Vaccination United Provinces of Agra and Oudh 1923-1928 - 1923-1928
Year: 1923
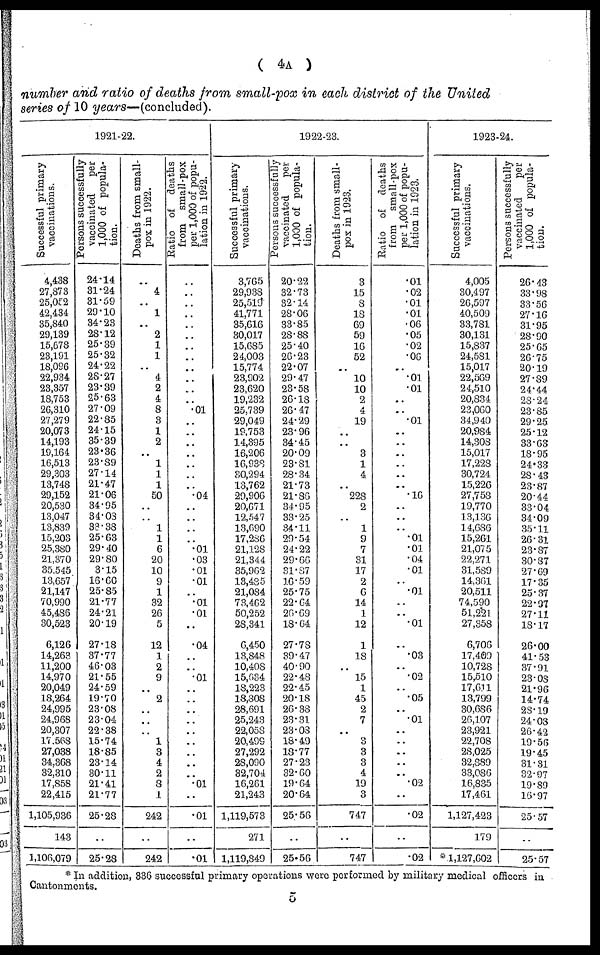
( 4A )
number and ratio of deaths from small-pox in each district of the United
series of 10 years—(concluded).
1921-22.
Successful primary
vaccinations.
4,438
27,873
25,052
42,434
35,840
29,139
15,678
23,191
18,096
22,934
23,357
18,753
26,310
27,279
20,073
14,193
19,164
16,513
29,303
13,748
29,152
20,530
13,047
13,839
15,203
25,380
21,370
35,545
13,657
21,147
70,990
45,486
30,523
6,126
14,263
11,200
14,970
20,049
18,264
24,995
24,968
20,307
17,568
27,038
34,368
32,310
17,858
22,415
1,105,936
143
1,106,079
Persons successfully
vaccinated
per
1,000 of popula-
tion.
24.14
31.24
31.59
29.10
34.23
28.12
25.39
25.32
24.22
28.27
23.39
25.63
27.09
22.85
24.15
35.39
23.36
23.89
27.14
21.47
21.06
34.95
34.08
33.38
25.63
29.40
29.80
3.15
16.60
25.85
21.77
24.21
20.19
27.18
37.77
46.03
21.55
24.59
19.70
23.08
23.04
22.38
15.74
18.85
23.14
30.11
21.41
21.77
25.28
..
25.28
Deaths from small-
pox in 1922.
..
4
..
1
..
2
1
1
..
4
2
4
8
3
1
2
..
1
1
1
50
..
..
1
1
6
20
10
9
1
32
26
5
12
1
2
9
..
2
..
..
..
1
3
4
2
8
1
242
..
242
Ratio of deaths
from small-pox
per 1,000 of popu-
lation in 1922.
..
..
..
..
..
..
..
..
..
..
..
..
.01
..
..
..
..
..
..
..
.04
..
..
..
..
.01
.03
.01
.01
..
.01
.01
..
.04
..
..
.01
..
..
..
..
..
..
..
..
..
.01
..
.01
..
.01
1922-23.
Successful primary
vaccinations.
3,765
29,938
25,519
41,771
35,616
30,017
15,685
24,003
15,774
23,902
23,620
19,232
25,739
29,049
19,753
14,395
16,206
16,938
30,294
13,762
29,906
20,671
12,547
13,690
17,286
21,128
21,344
35,962
13,485
21,084
73,462
50,252
28,341
6,450
13,848
10,408
15,634
18,223
18,808
28,691
25,243
22,058
20,499
27,292
28,090
32,704
16,261
21,243
1,119,573
271
1,119,849
Persons successfully
vaccinated
per
1,000 of popula-
tion.
20.22
32.73
32.14
28.06
33.85
28.88
25.40
26.23
22.07
29.47
23.58
26.18
26.47
24.29
23.96
34.45
20.09
23.81
28.34
21.73
21.86
34.95
33.25
34.11
29.54
24.22
29.66
31.87
16.59
25.75
22.64
26.69
18.64
27.78
39.47
40.90
22.48
22.45
20.18
26.38
23.31
23.08
18.49
13.77
27.23
32.60
19.64
20.64
25.56
..
25.56
Deaths from small-
pox in 1923.
3
15
8
18
69
59
16
52
..
10
10
2
4
19
..
..
3
1
4
..
228
2
..
1
9
7
31
17
2
6
14
1
12
1
18
..
15
1
45
2
7
..
3
3
3
4
19
3
747
..
747
Ratio of deaths
from small-pox
per 1,000 of popu-
lation in 1923.
.01
.02
.01
.01
.06
.05
.02
.06
..
.01
.01
..
..
.01
..
..
..
..
..
..
.16
..
..
..
.01
.01
.04
.01
..
.01
..
..
.01
..
.03
..
.02
..
.05
..
.01
..
..
..
..
..
.02
..
.02
..
.02
1923-24.
Successful primary
vaccinations.
4,005
30,497
26,597
40,509
33,781
30,131
15,837
24,581
15,017
22,569
24,510
20,834
23,060
34,940
20,984
14,308
15,017
17,228
30,724
15,226
27,758
19,770
13,136
14,686
15,261
21,075
22,271
31,589
14,361
20,511
74,590
51,221
27,358
6,706
17,409
10,728
15,510
17,611
13,799
30,686
26,107
23,921
22,708
28,025
32,889
33,086
16,835
17,461
1,127,423
179
*1,127,602
Persons successfully
vaccinated
per
1,000 of popula-
tion.
26.43
33.98
33.56
27.16
31.95
28.90
25.65
26.75
20.19
27.89
24.44
28.24
23.85
29.25
25.12
33.63
18.95
24.33
28.43
23.87
20.44
33.04
34.09
35.11
26.31
23.87
30.87
27.69
17.35
25.37
22.97
27.11
18.17
26.00
41.53
37.91
23.08
21.96
14.74
28.19
24.03
26.42
19.56
19.45
31.31
32.97
19.89
16.97
25.57
..
25.57
* In addition, 336 successful primary operations were performed by military medical officers in
Cantonments.
5